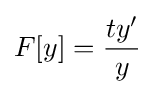
F[y]={\frac {ty'}{y}}